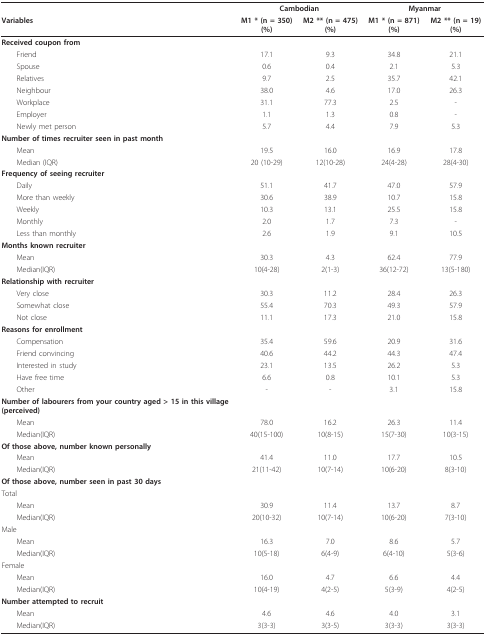
<table><thead><tr><td></td><td colspan="2"><b>Cambodian</b></td><td colspan="2"><b>Myanmar</b></td></tr><tr><td><b>Variables</b></td><td><b>M1 * (n = 350) (%)</b></td><td><b>M2 ** (n = 475) (%)</b></td><td><b>M1 * (n = 871) (%)</b></td><td><b>M2 ** (n = 19) (%)</b></td></tr></thead><tbody><tr><td><b>Received coupon from</b></td><td></td><td></td><td></td><td></td></tr><tr><td> Friend</td><td>17.1</td><td>9.3</td><td>34.8</td><td>21.1</td></tr><tr><td> Spouse</td><td>0.6</td><td>0.4</td><td>2.1</td><td>5.3</td></tr><tr><td> Relatives</td><td>9.7</td><td>2.5</td><td>35.7</td><td>42.1</td></tr><tr><td> Neighbour</td><td>38.0</td><td>4.6</td><td>17.0</td><td>26.3</td></tr><tr><td> Workplace</td><td>31.1</td><td>77.3</td><td>2.5</td><td>-</td></tr><tr><td> Employer</td><td>1.1</td><td>1.3</td><td>0.8</td><td>-</td></tr><tr><td> Newly met person</td><td>5.7</td><td>4.4</td><td>7.9</td><td>5.3</td></tr><tr><td><b>Number of times recruiter seen in past month</b></td><td></td><td></td><td></td><td></td></tr><tr><td> Mean</td><td>19.5</td><td>16.0</td><td>16.9</td><td>17.8</td></tr><tr><td> Median (IQR)</td><td>20 (10-29)</td><td>12(10-28)</td><td>24(4-28)</td><td>28(4-30)</td></tr><tr><td><b>Frequency of seeing recruiter</b></td><td></td><td></td><td></td><td></td></tr><tr><td> Daily</td><td>51.1</td><td>41.7</td><td>47.0</td><td>57.9</td></tr><tr><td> More than weekly</td><td>30.6</td><td>38.9</td><td>10.7</td><td>15.8</td></tr><tr><td> Weekly</td><td>10.3</td><td>13.1</td><td>25.5</td><td>15.8</td></tr><tr><td> Monthly</td><td>2.0</td><td>1.7</td><td>7.3</td><td>-</td></tr><tr><td> Less than monthly</td><td>2.6</td><td>1.9</td><td>9.1</td><td>10.5</td></tr><tr><td><b>Months known recruiter</b></td><td></td><td></td><td></td><td></td></tr><tr><td> Mean</td><td>30.3</td><td>4.3</td><td>62.4</td><td>77.9</td></tr><tr><td> Median(IQR)</td><td>10(4-28)</td><td>2(1-3)</td><td>36(12-72)</td><td>13(5-180)</td></tr><tr><td><b>Relationship with recruiter</b></td><td></td><td></td><td></td><td></td></tr><tr><td> Very close</td><td>30.3</td><td>11.2</td><td>28.4</td><td>26.3</td></tr><tr><td> Somewhat close</td><td>55.4</td><td>70.3</td><td>49.3</td><td>57.9</td></tr><tr><td> Not close</td><td>11.1</td><td>17.3</td><td>21.0</td><td>15.8</td></tr><tr><td><b>Reasons for enrollment</b></td><td></td><td></td><td></td><td></td></tr><tr><td> Compensation</td><td>35.4</td><td>59.6</td><td>20.9</td><td>31.6</td></tr><tr><td> Friend convincing</td><td>40.6</td><td>44.2</td><td>44.3</td><td>47.4</td></tr><tr><td> Interested in study</td><td>23.1</td><td>13.5</td><td>26.2</td><td>5.3</td></tr><tr><td> Have free time</td><td>6.6</td><td>0.8</td><td>10.1</td><td>5.3</td></tr><tr><td> Other</td><td>-</td><td>-</td><td>3.1</td><td>15.8</td></tr><tr><td><b>Number of labourers from your country aged &gt; 15 in this village (perceived)</b></td><td></td><td></td><td></td><td></td></tr><tr><td> Mean</td><td>78.0</td><td>16.2</td><td>26.3</td><td>11.4</td></tr><tr><td> Median(IQR)</td><td>40(15-100)</td><td>10(8-15)</td><td>15(7-30)</td><td>10(3-15)</td></tr><tr><td><b>Of those above, number known personally</b></td><td></td><td></td><td></td><td></td></tr><tr><td> Mean</td><td>41.4</td><td>11.0</td><td>17.7</td><td>10.5</td></tr><tr><td> Median(IQR)</td><td>21(11-42)</td><td>10(7-14)</td><td>10(6-20)</td><td>8(3-10)</td></tr><tr><td><b>Of those above, number seen in past 30 days</b></td><td></td><td></td><td></td><td></td></tr><tr><td>Total</td><td></td><td></td><td></td><td></td></tr><tr><td> Mean</td><td>30.9</td><td>11.4</td><td>13.7</td><td>8.7</td></tr><tr><td> Median(IQR)</td><td>20(10-32)</td><td>10(7-14)</td><td>10(6-20)</td><td>7(3-10)</td></tr><tr><td>Male</td><td></td><td></td><td></td><td></td></tr><tr><td> Mean</td><td>16.3</td><td>7.0</td><td>8.6</td><td>5.7</td></tr><tr><td> Median(IQR)</td><td>10(5-18)</td><td>6(4-9)</td><td>6(4-10)</td><td>5(3-6)</td></tr><tr><td>Female</td><td></td><td></td><td></td><td></td></tr><tr><td> Mean</td><td>16.0</td><td>4.7</td><td>6.6</td><td>4.4</td></tr><tr><td> Median(IQR)</td><td>10(4-19)</td><td>4(2-5)</td><td>5(3-9)</td><td>4(2-5)</td></tr><tr><td><b>Number attempted to recruit</b></td><td></td><td></td><td></td><td></td></tr><tr><td> Mean</td><td>4.6</td><td>4.6</td><td>4.0</td><td>3.1</td></tr><tr><td> Median(IQR)</td><td>3(3-3)</td><td>3(3-5)</td><td>3(3-3)</td><td>3(3-3)</td></tr></tbody></table>